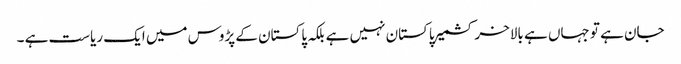
جان ہے تو جہاں ہے بالاخر کشمیر پاکستان نہیں ہے بلکہ پاکستان کے پڑوس میں ایک ریاست ہے ۔